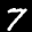
Label: 7